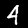
Label: 4